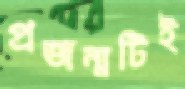
প্রজন্মটিই